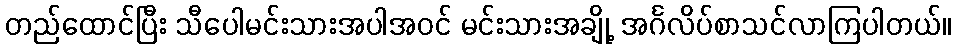
တည်ထောင်ပြီး သီပေါမင်းသားအပါအဝင် မင်းသားအချို့ အင်္ဂလိပ်စာသင်လာကြပါတယ်။